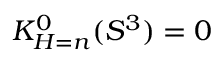
K _ { H = n } ^ { 0 } ( S ^ { 3 } ) = 0